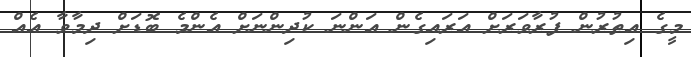
މީގެ އިތުރުން ފުރާވަރަށް އަރައިގެން އަންނަ ކުދިންނަށް އެންމެ ބޮޑަށް ދިމާވާ އެއް